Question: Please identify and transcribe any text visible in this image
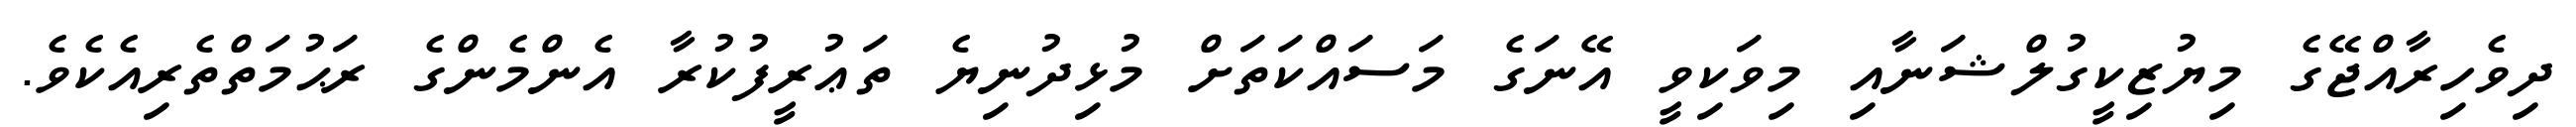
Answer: ދިވެހިރާއްޖޭގެ މިޔުޒިކީގުލްޝަނާއި މިވަކިވީ އޭނަގެ މަސައްކަތަށް މުޅިދުނިޔެ ތަޢުރީފުކުރާ އެންމެންގެ ރަޙުމަތްތެރިއެކެވެ.